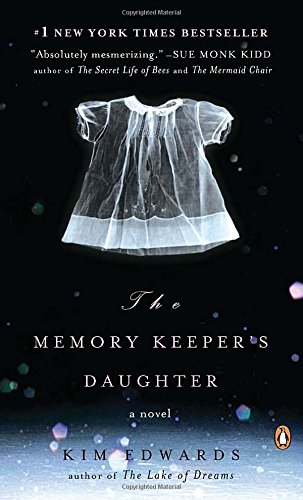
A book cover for The Memory Keeper's Daughter: A Novel; Kim Edwards; Literature & Fiction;